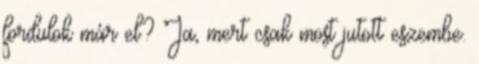
fordulok már el? Ja, mert csak most jutott eszembe.